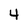
Character: 4